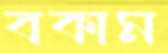
বকাম